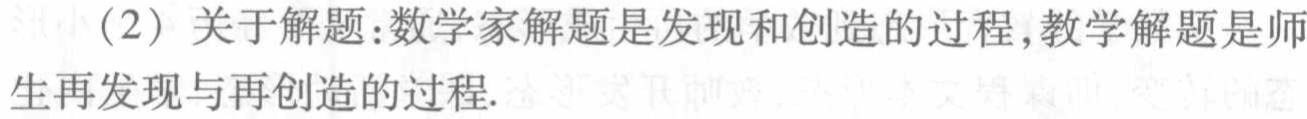
（2）关于解题：数学家解题是发现和创造的过程，教学解题是师生再发现与再创造的过程.